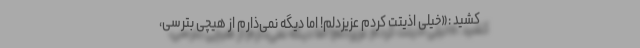
کشید :«خیلی اذیتت کردم عزیزدلم! اما دیگه نمی‌ذارم از هیچی بترسی،